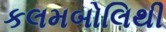
કલમબોલિથી